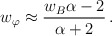
\begin{align*}w_{\varphi} \approx \frac{w_{B} \alpha - 2}{\alpha + 2} \,.\end{align*}